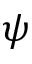
\psi